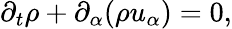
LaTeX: \partial_{t}\rho+\partial_{\alpha}(\rho u_{\alpha})=0,